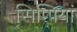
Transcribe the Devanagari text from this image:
सिप्पियां